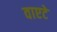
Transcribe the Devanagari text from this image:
वाएटे